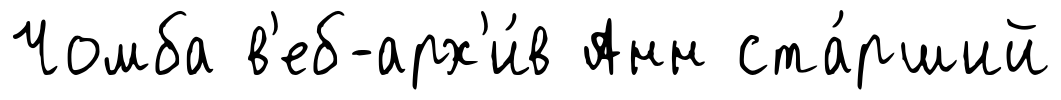
Чомба в'еб-арх'и́в Анн ста́рший